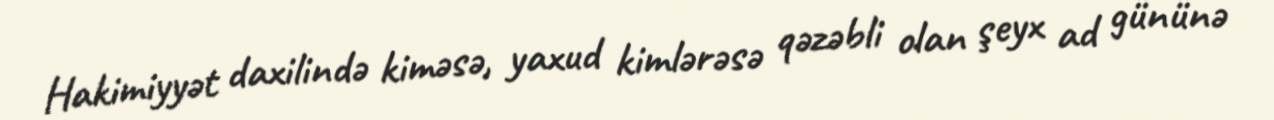
Hakimiyyət daxilində kiməsə, yaxud kimlərəsə qəzəbli olan şeyx ad gününə